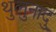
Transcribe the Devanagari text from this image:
थुलुनादु